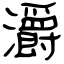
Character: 灂